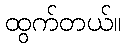
ထွက်တယ်။